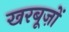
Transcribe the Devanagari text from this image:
खरबूज़ों